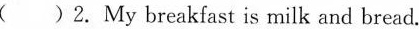
( )2. My breakfast is milk and bread.